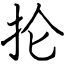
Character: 抡